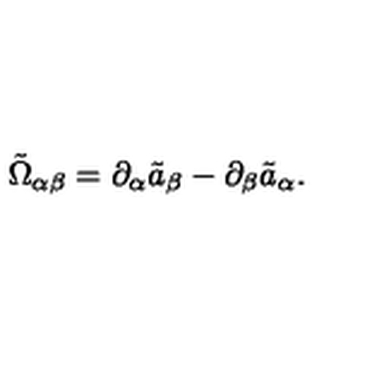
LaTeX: { \tilde { \Omega } } _ { \alpha \beta } = \partial _ { \alpha } { \tilde { a } } _ { \beta } - \partial _ { \beta } { \tilde { a } } _ { \alpha } .